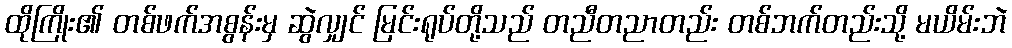
ထိုကြိုး၏ တစ်ဖက်အစွန်းမှ ဆွဲလျှင် မြင်းရုပ်တို့သည် တညီတညာတည်း တစ်ဘက်တည်းသို့ မယိမ်းဘဲ